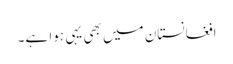
افغانستان میں بھی یہی ہوا ہے۔